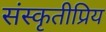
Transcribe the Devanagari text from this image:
संस्कृतीप्रिय